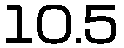
10.5